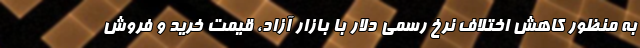
به منظور کاهش اختلاف نرخ رسمی دلار با بازار آزاد، قیمت خرید و فروش